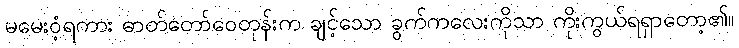
မမေးဝံ့ရကား ဓာတ်တော်ဝေတုန်းက ချင့်သော ခွက်ကလေးကိုသာ ကိုးကွယ်ရရှာတော့၏။